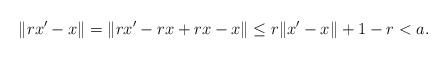
\begin{align*} \|rx' - x\| = \|rx' - rx + rx - x\| \le r\|x' - x\| + 1-r < a. \end{align*}